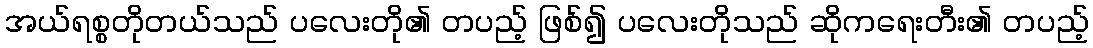
အယ်ရစ္စတိုတယ်သည် ပလေးတို၏ တပည့် ဖြစ်၍ ပလေးတိုသည် ဆိုကရေးတီး၏ တပည့်